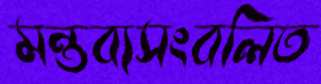
মন্তব্যসংবলিত